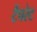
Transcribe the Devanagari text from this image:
टैंपरेट